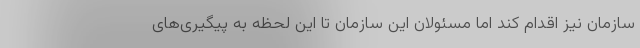
سازمان نیز اقدام کند اما مسئولان این سازمان تا این لحظه به پیگیری‌های